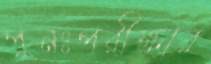
পুনঃপরীক্ষার